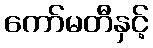
ကော်မတီနှင့်